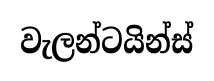
වැලන්ටයින්ස්